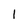
Character: 1